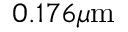
0 . 1 7 6 \mu \mathrm { m }